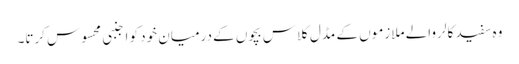
وہ سفید کالر والے ملازموں کے مڈل کلاس بچوں کے درمیان خود کو اجنبی محسوس کرتا۔